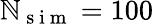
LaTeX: \mathbb{N}_{\mathrm{{~s~i~m~}}}=100